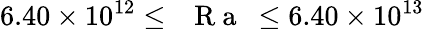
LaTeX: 6.40\times 10^{12}\leq\mathrm{~\textit~{~R~a~}~}\leq 6.40\times 10^{13}